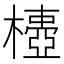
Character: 𣝄